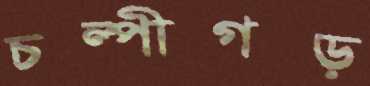
চল্পীগড়